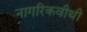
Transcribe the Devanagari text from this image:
नागरिकवीथी